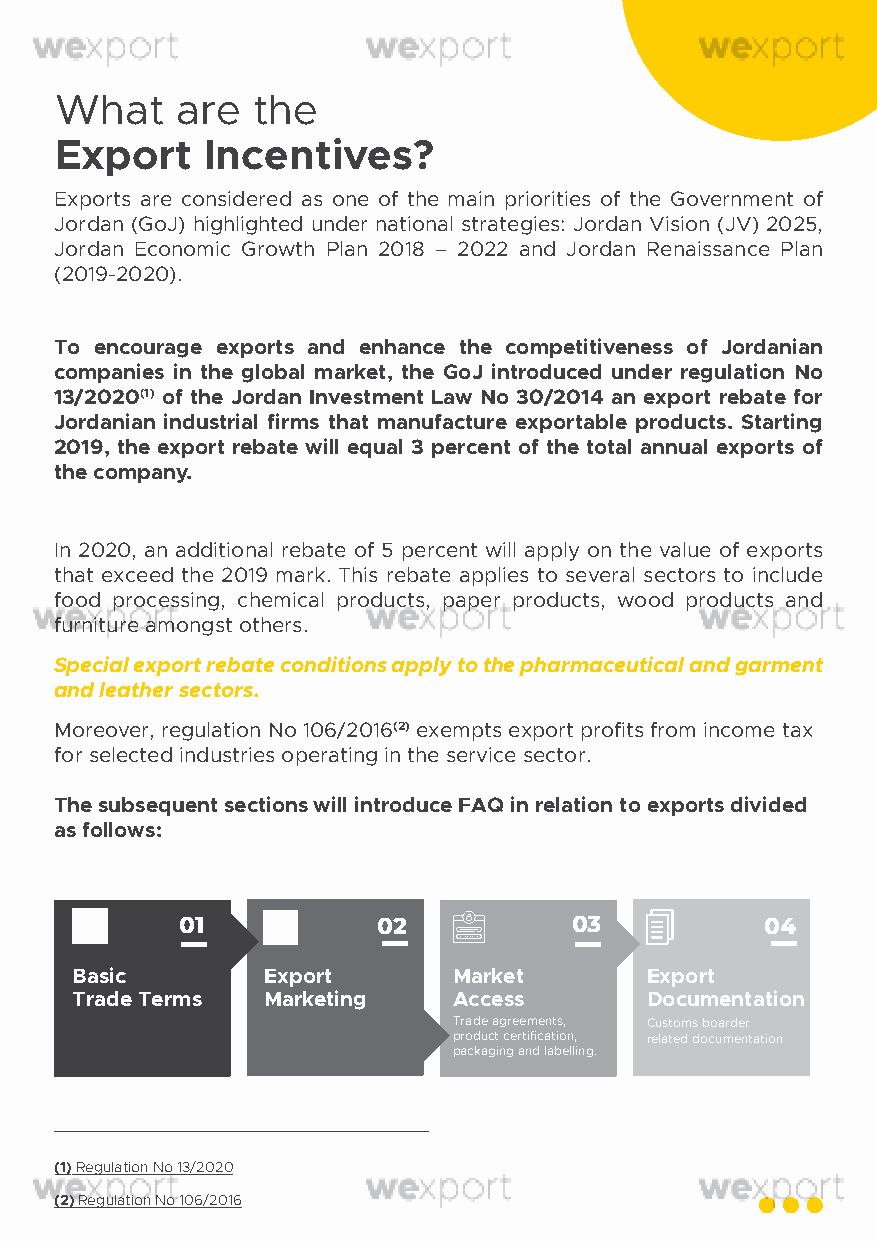
What    are  the
 Export    Incentives?
 Exports are considered as one of the main priorities of the Government of
 Jordan (GoJ) highlighted under national strategies: Jordan Vision (JV) 2025,
 Jordan Economic Growth Plan 2018 – 2022 and Jordan Renaissance Plan
 (2019-2020).
 To encourage exports and enhance the competitiveness of Jordanian
 companies in the global market, the GoJ introduced under regulation No
 13/2020(1) of the Jordan Investment Law No 30/2014 an export rebate for
 Jordanian industrial firms that manufacture exportable products. Starting
 2019, the export rebate will equal 3 percent of the total annual exports of
 the company.
 In 2020, an additional rebate of 5 percent will apply on the value of exports
 that exceed the 2019 mark. This rebate applies to several sectors to include
 food processing, chemical products, paper products, wood products and
 furniture amongst others.
 Special export rebate conditions apply to the pharmaceutical and garment
 and leather sectors.
 Moreover, regulation No 106/2016(2) exempts export profits from income tax
 for selected industries operating in the service sector.
 The subsequent sections will introduce FAQ in relation to exports divided
 as follows:
 01           02           03           04
 Basic       Export       Market       Export
 Trade Terms Marketing    Access       Documentation
 Trade agreements, Customs boarder
 product certification, related documentation
 packaging and labelling.
 (1) Regulation No 13/2020
 (h2t)tp Rse:/g/wulwatwio.anm Nmoa 1n0c6h/a2m01b6er.org.jo/Uplaoded/PRFiles/4637.pdf